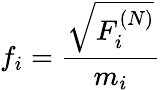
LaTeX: f_{i}=\frac{\sqrt{F_{i}^{(N)}}}{m_{i}}